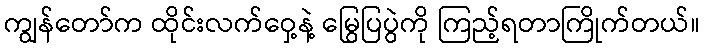
ကျွန်တော်က ထိုင်းလက်ဝှေ့နဲ့ မြွေပြပွဲကို ကြည့်ရတာကြိုက်တယ်။